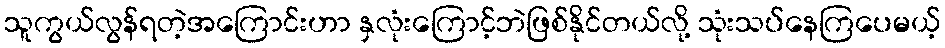
သူကွယ်လွန်ရတဲ့အကြောင်းဟာ နှလုံးကြောင့်ဘဲဖြစ်နိုင်တယ်လို့ သုံးသပ်နေကြပေမယ့်